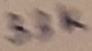
Text: 33K